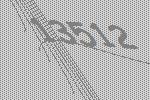
13512